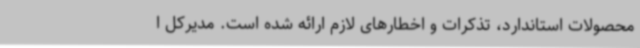
محصولات استاندارد، تذکرات و اخطارهای لازم ارائه شده است. مدیرکل ا